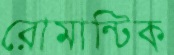
রোমান্টিক